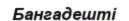
Бангадешті